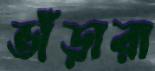
ভাঁড়ারা